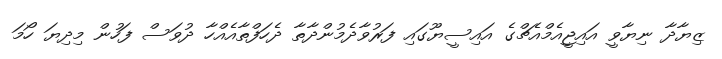
ޒިޔާދާ ނިޔާވީ އައިޖީއެމްއެޗްގެ އައިސީޔޫގައި ފަރުވާދެމުންދާތާ ދެހަފްތާއެއްހާ ދުވަސް ފަހުން މިދިޔަ ހޯމަ